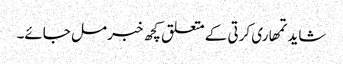
شاید تمھاری کرتی کے متعلق کچھ خبر مل جائے۔